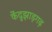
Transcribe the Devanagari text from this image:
केंदुझाड़गढ़